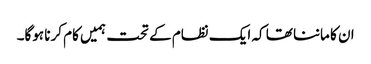
ان کا ماننا تھا کہ ایک نظام کے تحت ہمیں کام کرنا ہوگا۔